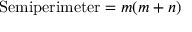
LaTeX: { \mathrm { S e m i p e r i m e t e r } } = m ( m + n )